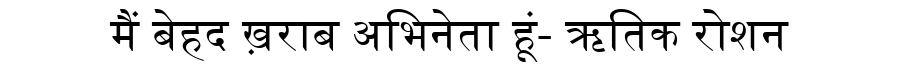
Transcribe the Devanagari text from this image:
मैं बेहद ख़राब अभिनेता हूं- ऋतिक रोशन